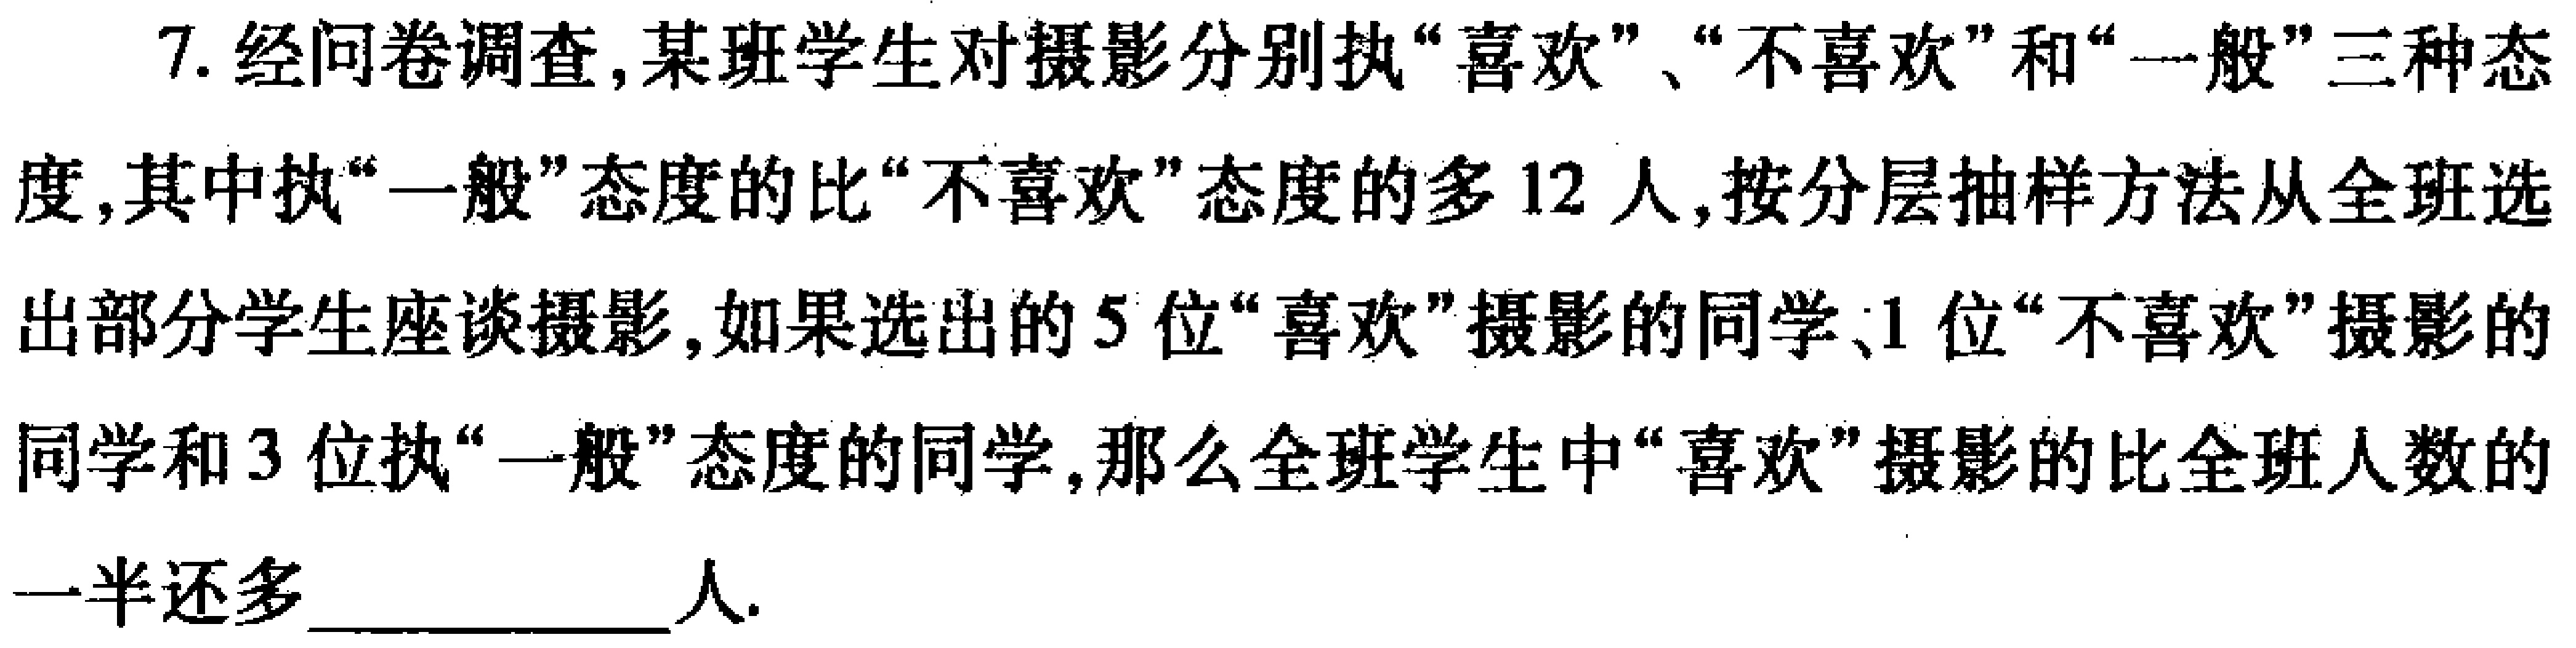
7. 经问卷调查,某班学生对摄影分别执“喜欢”、“不喜欢”和“一般”三种态度,其中执“一般”态度的比“不喜欢”态度的多 12 人,按分层抽样方法从全班选出部分学生座谈摄影,如果选出的 5 位“喜欢”摄影的同学、1 位“不喜欢”摄影的同学和 3 位执“一般”态度的同学,那么全班学生中“喜欢”摄影的比全班人数的一半还多____________人.